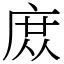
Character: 庻